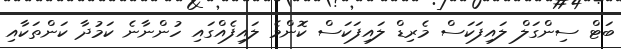
ބަޓް ސިންގަލް ލައިފަކަސް މެރިޑް ލައިފަކަސް ކޮންމެ ލައިފެއްގައި ހުންނާނެ ކަމުދާ ކަންތަކާއި